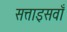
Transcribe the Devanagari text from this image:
सत्ताइसवाँ